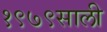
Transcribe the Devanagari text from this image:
१९७९साली